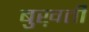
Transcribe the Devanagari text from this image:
बुख़ती